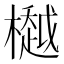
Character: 𣜀